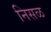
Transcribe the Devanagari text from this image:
निसळ